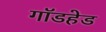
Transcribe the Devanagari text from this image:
गॉडहेड